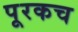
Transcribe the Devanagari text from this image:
पूरकच